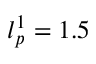
l _ { p } ^ { 1 } = 1 . 5